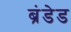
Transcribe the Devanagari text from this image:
ब्रंडेड